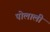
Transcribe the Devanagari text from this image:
पोलाली